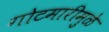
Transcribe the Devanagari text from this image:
गोटमारीमुळे